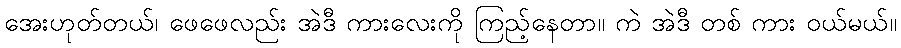
အေးဟုတ်တယ်၊ ဖေဖေလည်း အဲဒီ ကားလေးကို ကြည့်နေတာ။ ကဲ အဲဒီ တစ် ကား ဝယ်မယ်။